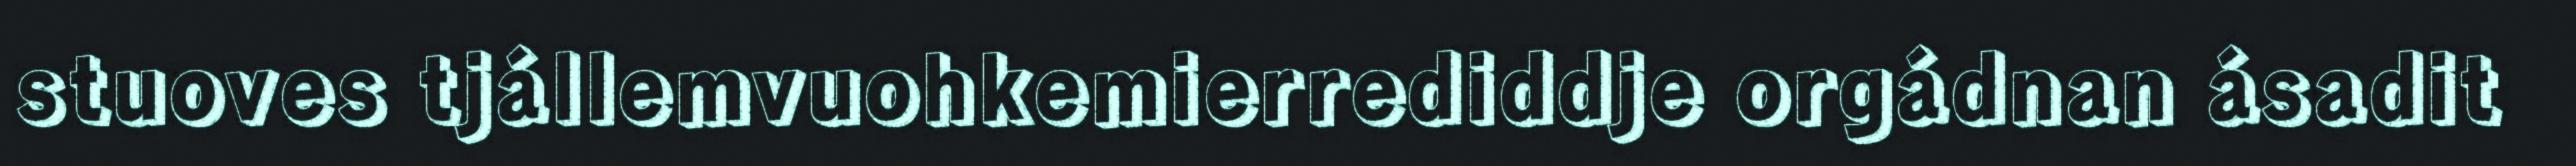
stuoves tjállemvuohkemierrediddje orgádnan ásadit